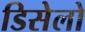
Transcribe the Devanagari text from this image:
डिसेलो